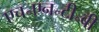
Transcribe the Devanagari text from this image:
एच॰एन॰टी॰बी